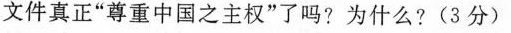
文件真正”尊重中国之主权”了吗?为什么?(3分)